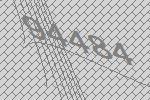
94484